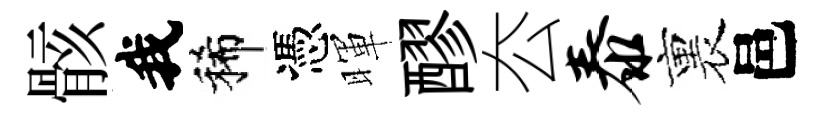
骸我稀憑暉醪厺泰裏邑